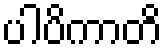
ပါပိကာတိ